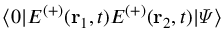
\langle 0 | E ^ { ( + ) } ( \mathbf { r } _ { 1 } , t ) E ^ { ( + ) } ( \mathbf { r } _ { 2 } , t ) | \varPsi \rangle